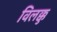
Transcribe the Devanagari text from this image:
विलक्कु